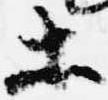
等